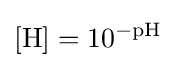
[\mathrm {H} ]=10^{-\mathrm {pH} }